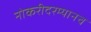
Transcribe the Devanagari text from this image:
नोकरीदरम्यानच